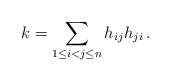
\begin{align*}k = \sum_{1 \le i < j \le n} h_{ij}h_{ji}\,.\end{align*}